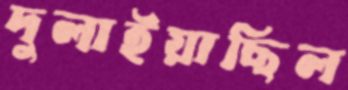
দুলাইয়াছিল